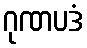
ဂုဏပဒံ